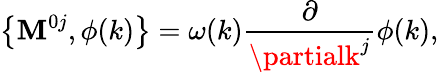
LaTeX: \left\{ \mathbf{M}^{0j},\phi(k)\right\} =\omega(k)\frac{\partial}{{\partialk^{j}}}\phi(k),